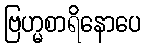
ဗြဟ္မစာရိနောပေ